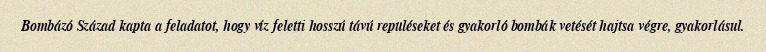
Bombázó Század kapta a feladatot, hogy víz feletti hosszú távú repüléseket és gyakorló bombák vetését hajtsa végre, gyakorlásul.